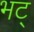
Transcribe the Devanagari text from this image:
भट्